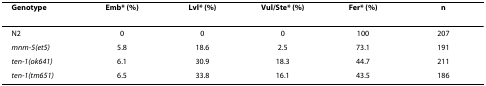
| Genotype | Emb* (%) | Lvl* (%) | Vul/Ste* (%) | Fer* (%) | n |
 | --- | --- | --- | --- | --- | --- |
 | N2 | 0 | 0 | 0 | 100 | 207 |
 | mnm-5(et5) | 5.8 | 18.6 | 2.5 | 73.1 | 191 |
 | ten-1(ok641) | 6.1 | 30.9 | 18.3 | 44.7 | 211 |
 | ten-1(tm651) | 6.5 | 33.8 | 16.1 | 43.5 | 186 |